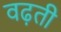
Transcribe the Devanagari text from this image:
वढ़ती